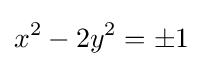
x^{2}-2y^{2}=\pm 1